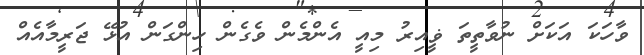
ވާހަކަ އަކަށް ނުވާތީތަ ޥީއިރު މިއީ އެންމެން ވެގެން ހިންގަން އުޅޭ ޖަރީމާއެއް